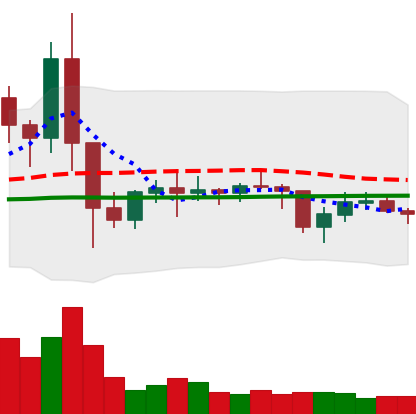
Ticker: EOS-USD
Chart end date: 2021-01-26
Forward return: 10.814%
Label: up_7plus